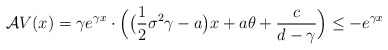
\begin{align*}\mathcal{A}V(x) = \gamma e^{\gamma x} \cdot \Big( \big(\frac{1}{2}\sigma^2\gamma-a\big)x+a\theta+\frac{c}{d-\gamma} \Big) \le -e^{\gamma x}\end{align*}